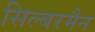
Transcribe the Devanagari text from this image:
सिल्बरमैन